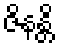
ဇိနန္တိ